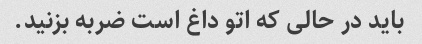
باید در حالی که اتو داغ است ضربه بزنید.